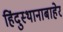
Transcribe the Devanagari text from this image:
हिंदुस्थानाबाहेर